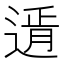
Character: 𨕋